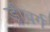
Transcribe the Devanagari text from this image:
ड्रीबर्ग